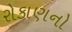
રોકાણનો